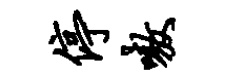
停嗷